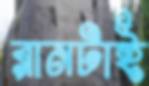
রানটাই